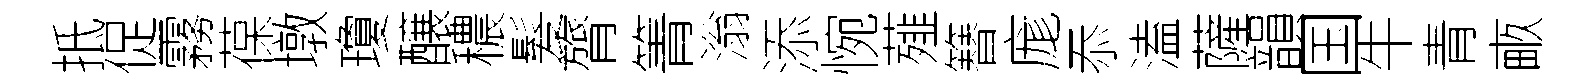
抵促霧葆墩瓊醸穠髮膂箐滃添惋薤簮庬忝溘薩韻国牛青畞